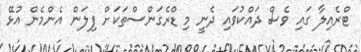
ޓްރެއިލާ ގައި ވެސް ދައްކުވައި ދެނީ މި ޑްރެގަންސްތަކަށް ފިލަން އެންމެން އުޅޭ